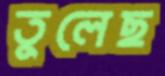
তুলেছ